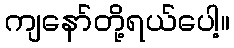
ကျနော်တို့ရယ်ပေါ့။